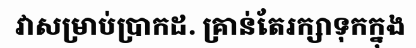
វាសម្រាប់ប្រាកដ. គ្រាន់តែរក្សាទុកក្នុង